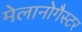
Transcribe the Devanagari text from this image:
मेलानोगैस्टर